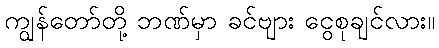
ကျွန်တော်တို့ ဘဏ်မှာ ခင်ဗျား ငွေစုချင်လား။